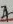
Text: 7